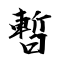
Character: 暫